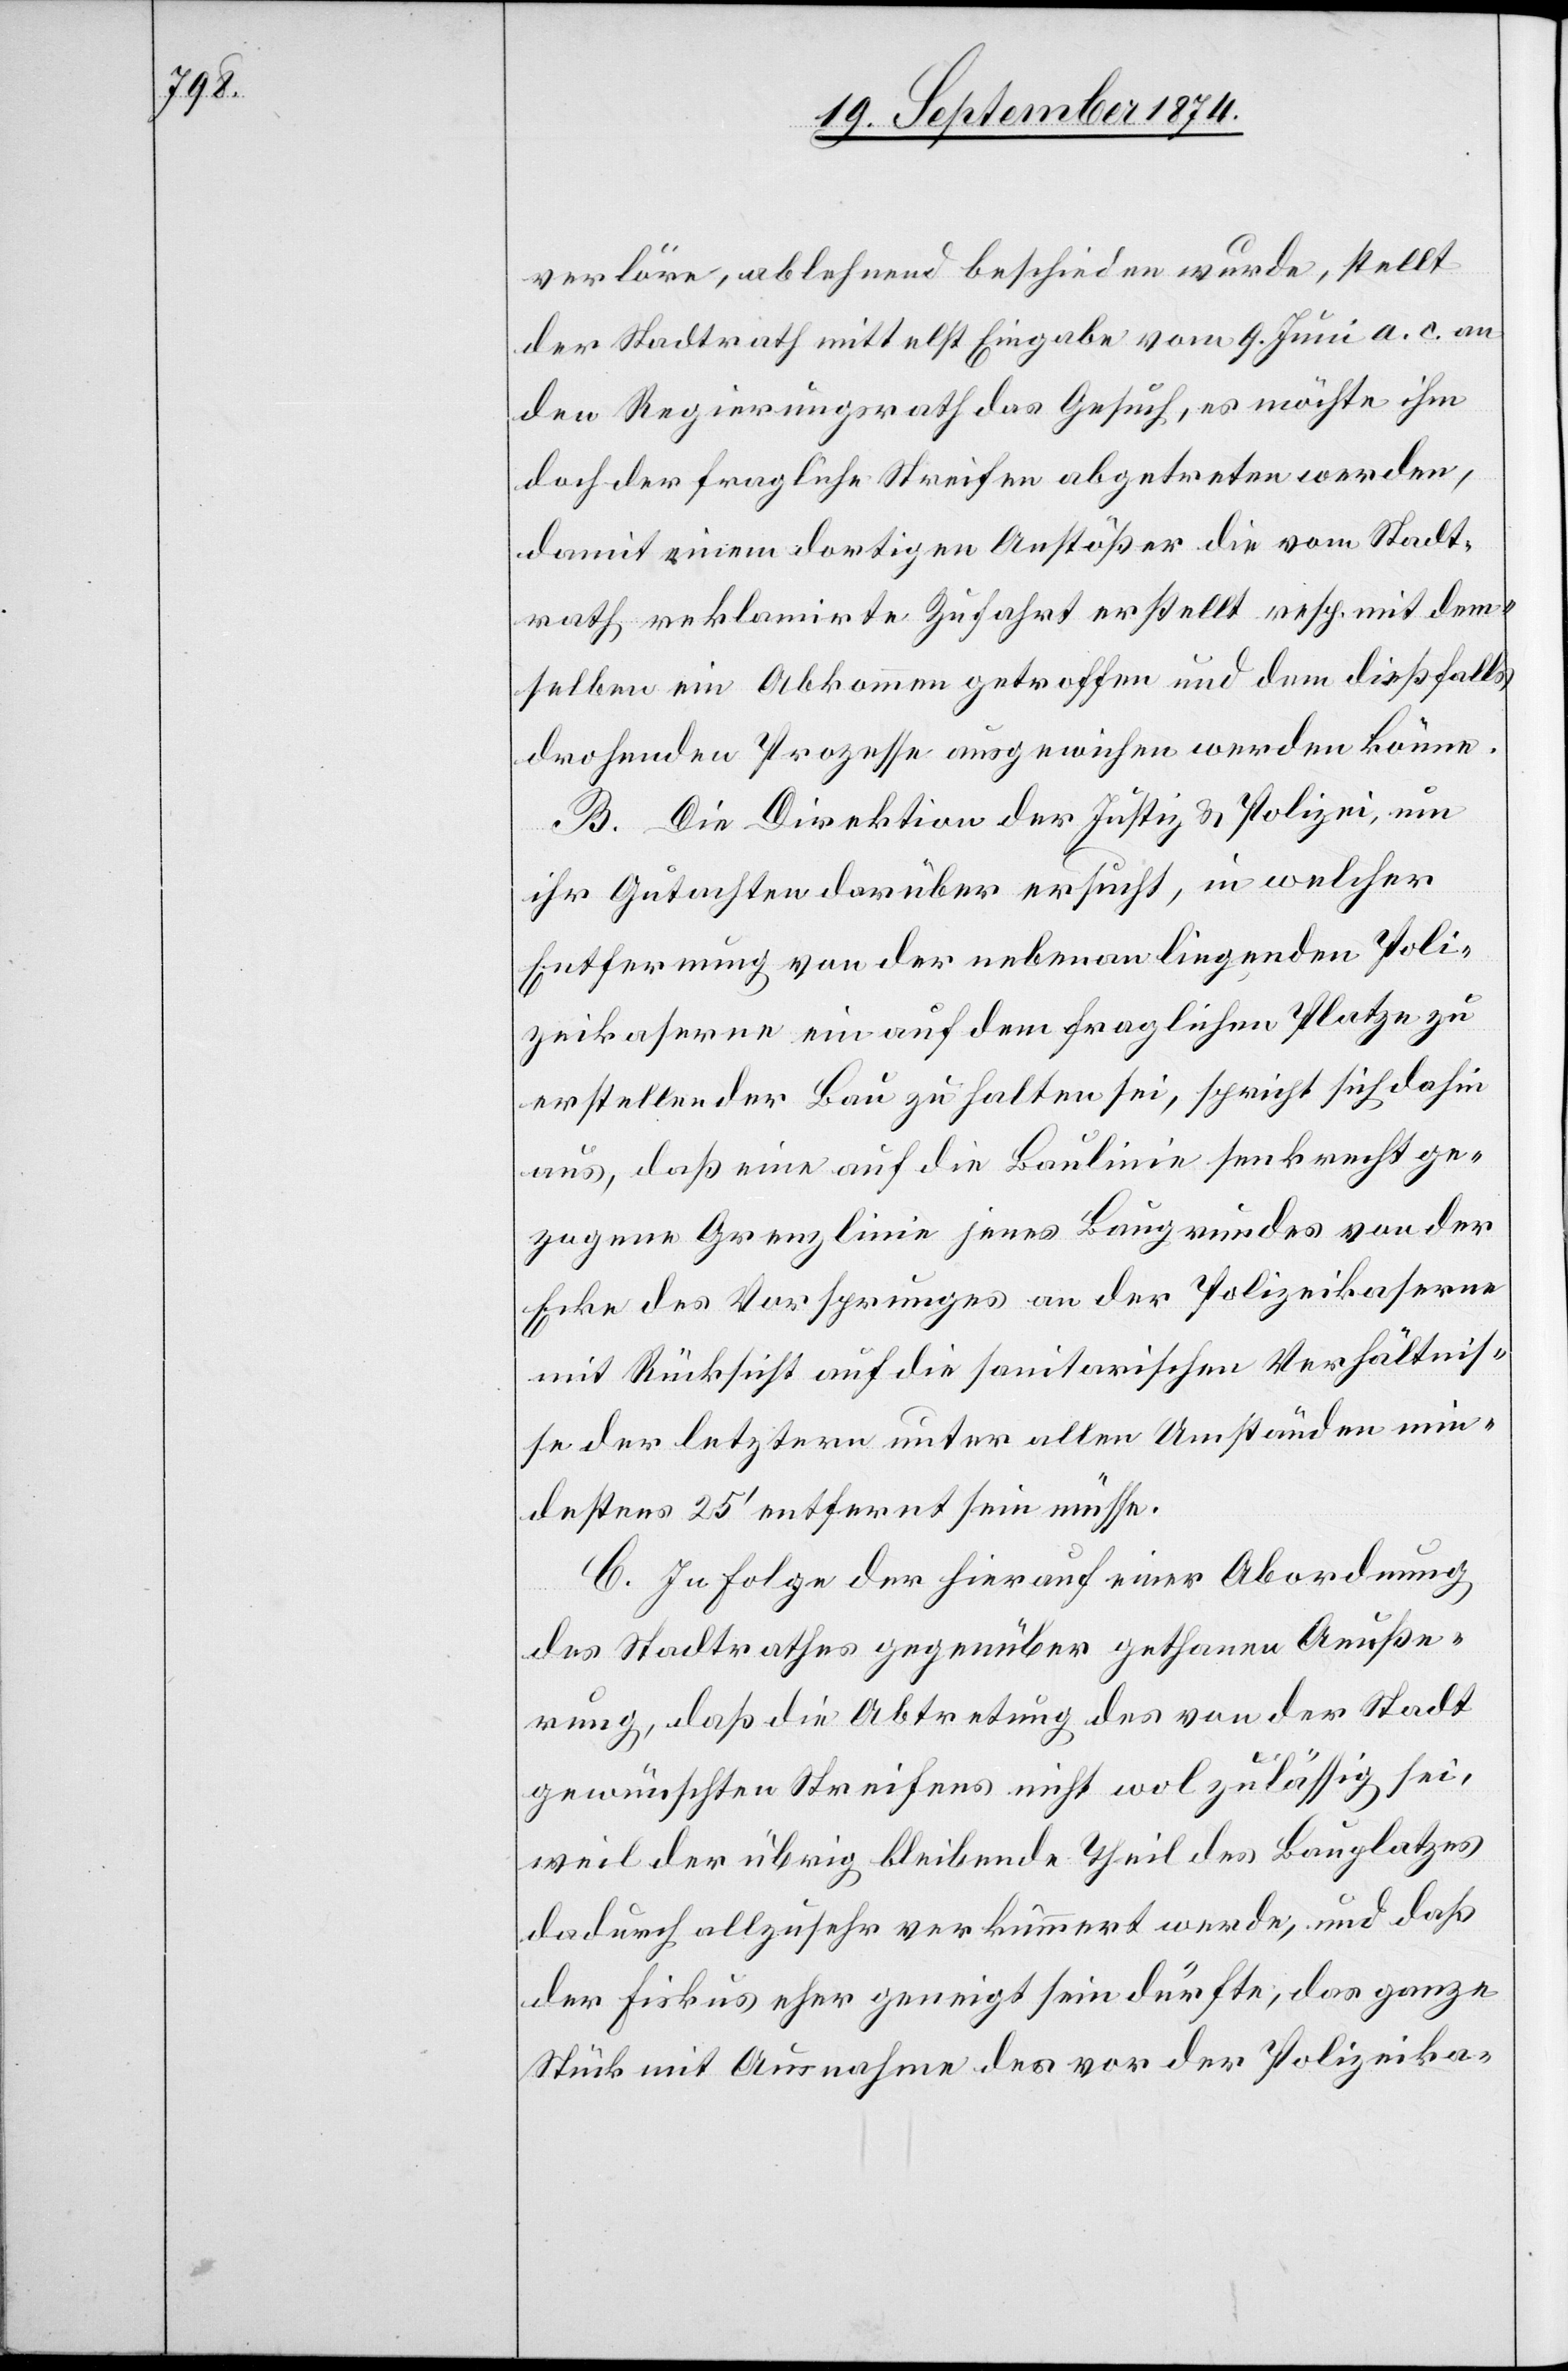
verlöre, ablehnend beschieden wurde, stellt
der Stadtrath mittelst Eingabe vom 9. Juni a. c. an
den Regierungsrath das Gesuch, es möchte ihm
doch der fragliche Streifen abgetreten werden,
damit einem dortigen Anstößer die vom Stadt¬
rath reklamirte Zufahrt erstellt resp. mit dem¬
selben ein Abkommen getroffen und dem dießfalls
drohenden Prozesse ausgewichen werden könne.
B. Die Direktion der Justiz & Polizei, um
ihre Gutachten darüber ersucht, in welcher
Entfernung von der nebenan liegenden Poli¬
zeikaserne ein auf dem fraglichen Platze zu
erstellender Bau zu halten sei, spricht sich dahin
aus, daß eine auf die Baulinie senkrecht ge¬
zogene Grenzlinie jenes Baugrundes von der
Ecke des Vorsprunges an der Polizeikaserne
mit Rücksicht auf die sanitarischen Verhältnis¬
se der letztern unter allen Umständen min¬
destens 25‘ entfernt sein müsse.
C. In Folge der hierauf einer Abordnung
des Stadtrathes gegenüber gethanen Aeuße¬
rung, daß die Abtretung des von der Stadt
gewünschten Streifens nicht wol zulässig sei,
weil der übrig bleibende Theil des Bauplatzes
dadurch allzusehr verkümmert werde, und daß
der Fiskus eher geneigt sein dürfte, das ganze
Stück mit Ausnahme des vor der Polizeika-